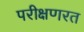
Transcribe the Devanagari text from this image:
परीक्षणरत